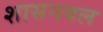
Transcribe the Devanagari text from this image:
शासनबल